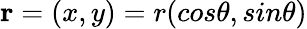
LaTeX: {\mathbf r}=(x,y)=r(cos\theta,sin\theta)